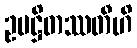
ဥပဋ္ဌိတဿတီဟိ